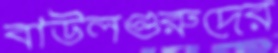
বাউলগুরুদের